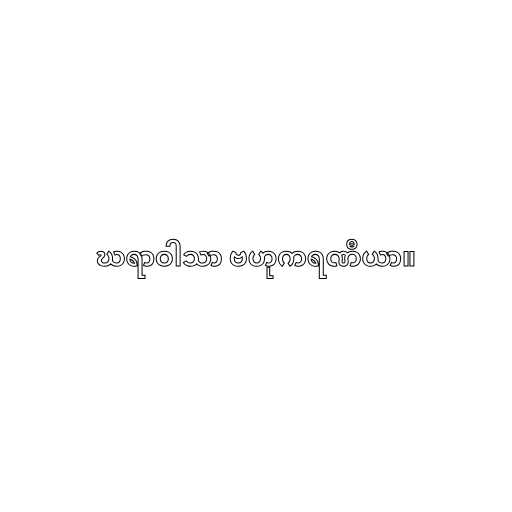
ဃရာဝါသာ ဗဟုကရဏီယာ။